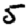
Digit: 5